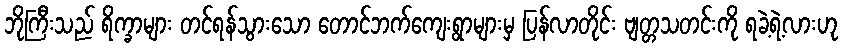
ဘိုကြီးသည် ရိက္ခာများ တင်ရန်သွားသော တောင်ဘက်ကျေးရွာများမှ ပြန်လာတိုင်း ဗျတ္တသတင်းကို ရခဲ့ရဲ့လားဟု